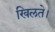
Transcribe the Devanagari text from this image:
खिलते।